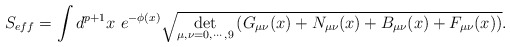
\begin{align*}S_{eff}= \int d^{p+1}x ~e^{-\phi(x)} \sqrt{ \det_{\mu, \nu=0, \cdots ,9}\left( G_{\mu\nu}(x)+N_{\mu\nu}(x)+B_{\mu\nu}(x)+F_{\mu\nu}(x) \right) }.\end{align*}